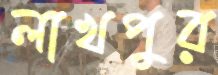
লাখপুর